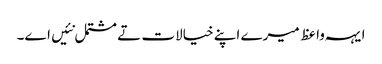
ایہہ واعظ میرے اپنے خیالات تے مشتمل نئیں اے۔